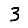
Digit: 3